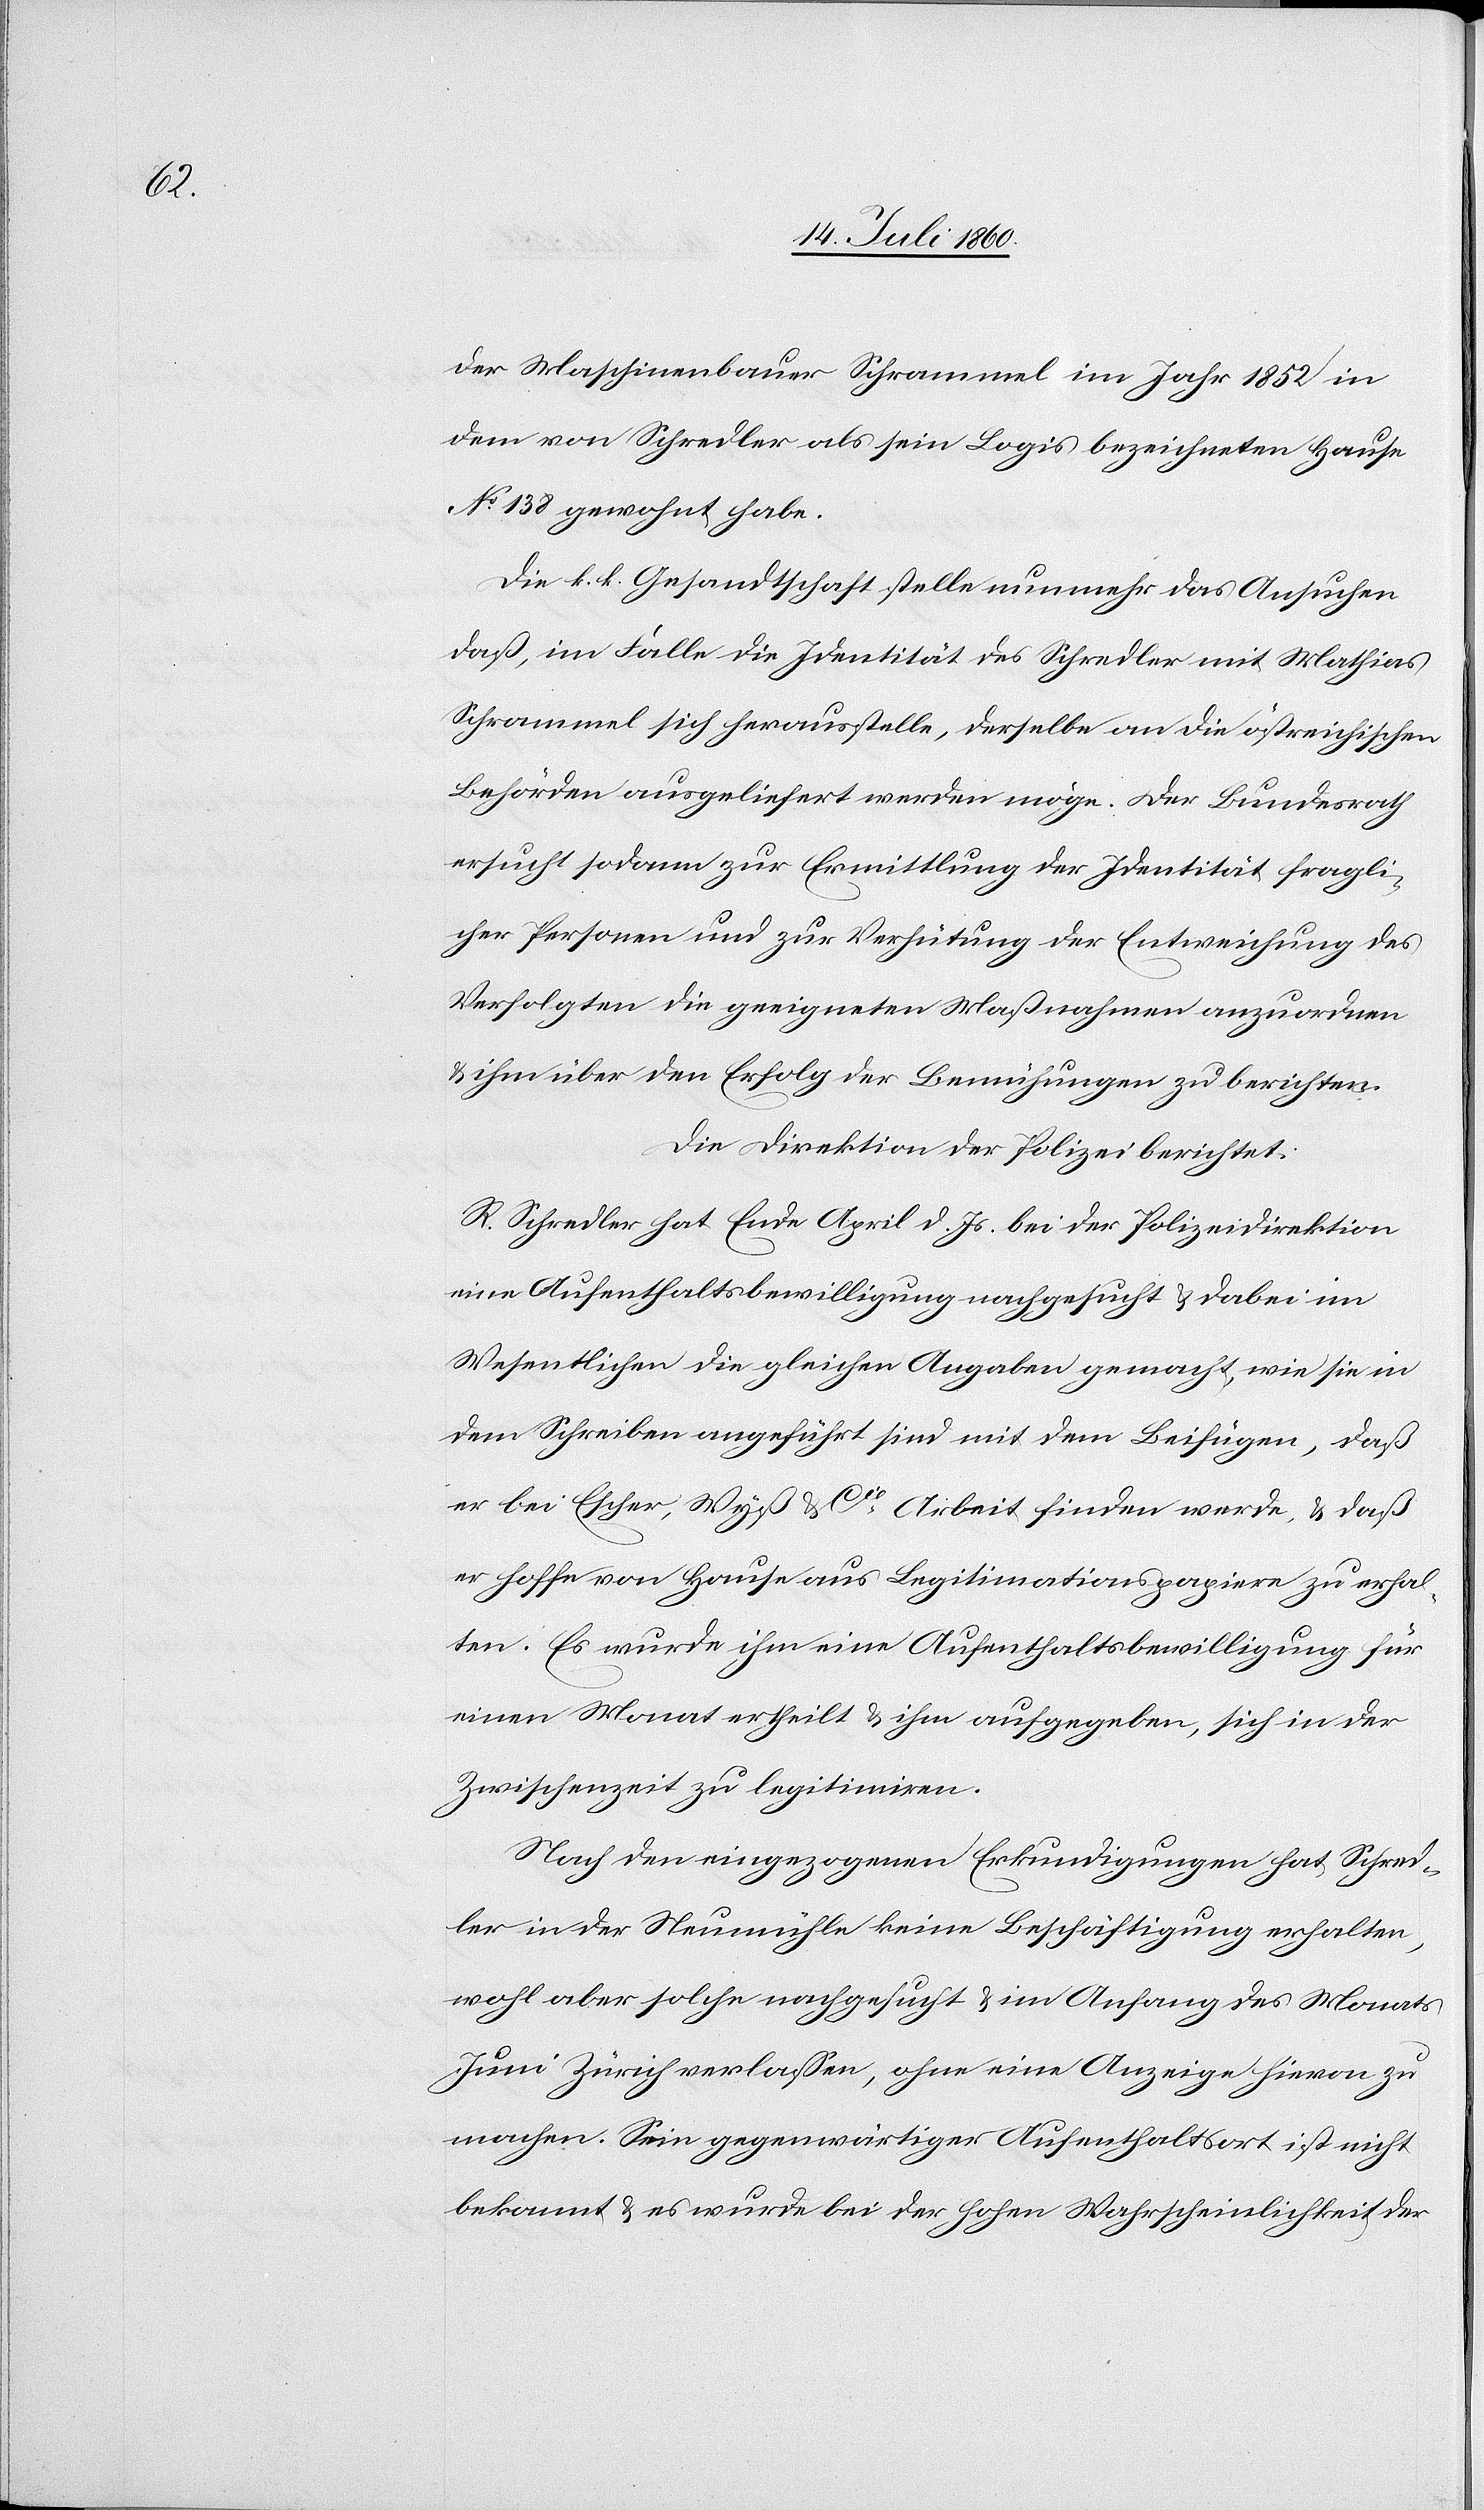
der Maschinenbauer Schrammel im Jahr 1852 in
dem von Schredler als sein Logis bezeichneten Hause
No. 138 gewohnt habe.
Die k. k. Gesandtschaft stelle nunmehr das Ansuchen
daß, im Falle die Identität des Schredler mit Mathias
Schrammel sich herausstelle, derselbe an die östreichischen
Behörden ausgeliefert werden möge. Der Bundesrath
ersucht sodann zur Ermittlung der Identität fragli¬
cher Personen und zur Verhütung der Entweichung des
Verfolgten die geeigneten Maßnahmen anzuordnen
& ihm über den Erfolg der Bemühungen zu berichten.
Die Direktion der Polizei berichtet:
R. Schredler hat Ende April d. Js. bei der Polizeidirektion
eine Aufenthaltsbewilligung nachgesucht & dabei im
Wesentlichen die gleichen Angaben gemacht, wie sie in
dem Schreiben angeführt sind mit dem Beifügen, daß
er bei Escher, Wyß & Cie. Arbeit finden werde, & daß
er hoffe von Hause aus Legitimationspapiere zu erhal¬
ten. Es wurde ihm eine Aufenthaltsbewilligung für
einen Monat ertheilt & ihm aufgegeben, sich in der
Zwischenzeit zu legitimiren.
Nach den eingezogenen Erkundigungen hat Schred¬
ler in der Neumühle keine Beschäftigung erhalten,
wohl aber solche nachgesucht & im Anfang des Monats
Juni Zürich verlassen, ohne eine Anzeige hievon zu
machen. Sein gegenwärtiger Aufenthaltsort ist nicht
bekannt & es wurde bei der hohen Wahrscheinlichkeit der